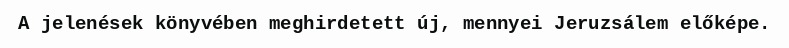
A jelenések könyvében meghirdetett új, mennyei Jeruzsálem előképe.